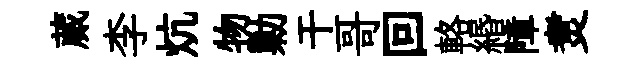
蕆李炕物勦干哥回輅緡障煑